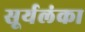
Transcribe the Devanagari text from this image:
सूर्यलंका